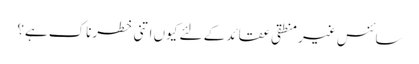
سائنس غیر منطقی عقائد کے لئے کیوں اتنی خطرناک ہے؟